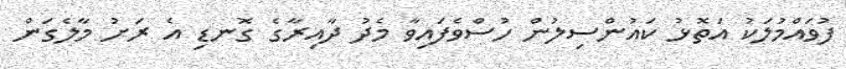
ފުވައްމުލަކު އަތޮޅު ކައުންސިލުން ހުސްވެފައިވާ މެދު ދާއިރާގެ ގޮނޑި އެ ރަަށު މާލެގަން